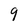
Character: 9